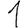
Digit: 1